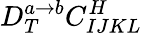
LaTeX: D_{T}^{a\rightarrow b}C_{IJKL}^{H}